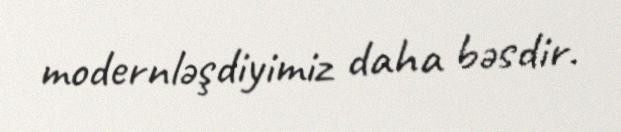
modernləşdiyimiz daha bəsdir.